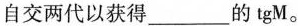
自交两代以获得___的tgM。